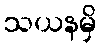
သယနမှိ